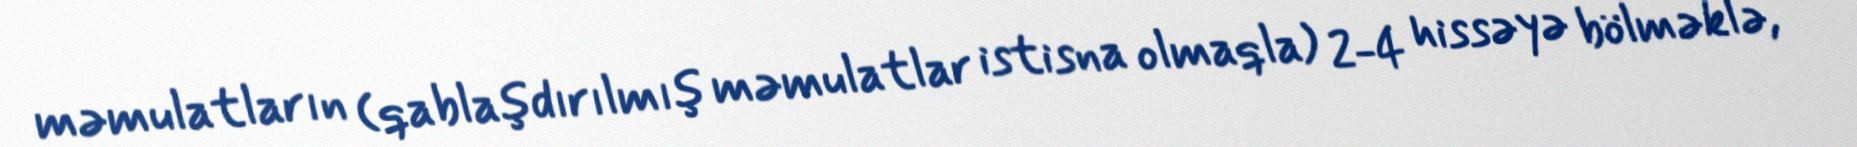
məmulatların (qablaşdırılmış məmulatlar istisna olmaqla) 2-4 hissəyə bölməklə,